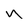
Character: n